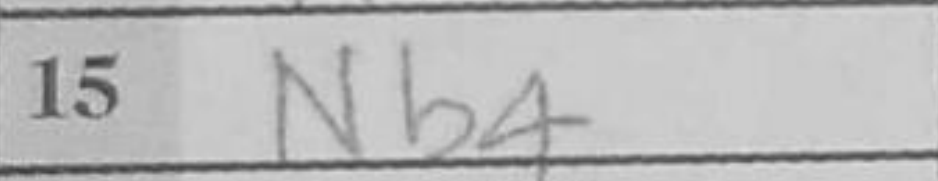
Transcription: Nb4